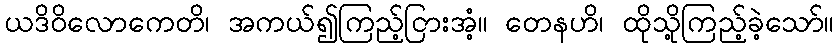
ယဒိဝိလောကေတိ၊ အကယ်၍ကြည့်ငြားအံ့။ တေနဟိ၊ ထိုသို့ကြည့်ခဲ့သော်။